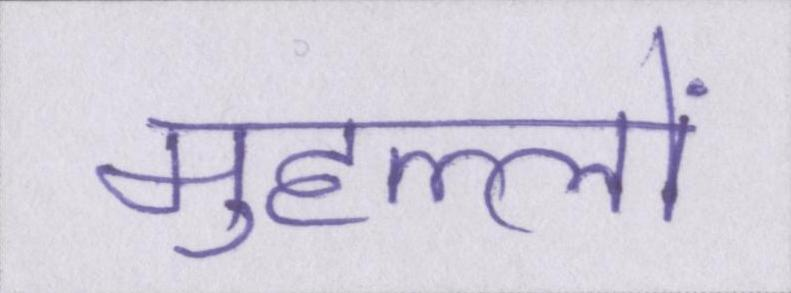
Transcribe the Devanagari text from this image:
मुहल्लों